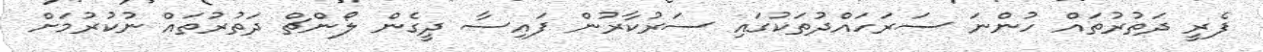
ފެރީ ދަތުރުތައް ހުންނަ ސަރަހައްދުތަކުގައި ސަރުކާރުން ފައިސާ ދީގެން ލޯންޗް ދަތުރުތައް ނުކުރުމަށް